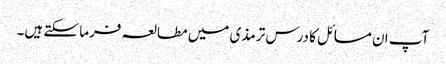
آپ ان مسائل کا درس ترمذی میں مطالعہ فرما سکتے ہیں۔